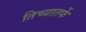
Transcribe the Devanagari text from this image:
तिच्यातर्फे